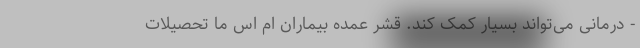
- درمانی می‌تواند بسیار کمک کند. قشر عمده بیماران ام اس ما تحصیلات